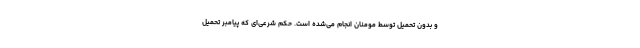
و بدون تحمیل توسط مومنان انجام می‌شده است. حکم شرعی‌ای که پیامبر تحمیل